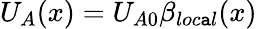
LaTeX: U_{A}(x)=U_{A0}\beta_{loc\mathtt{a}l}(x)